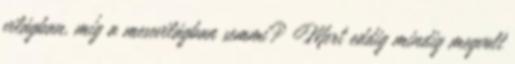
világban, míg a mesevilágban semmi? Mert eddig mindig megvolt